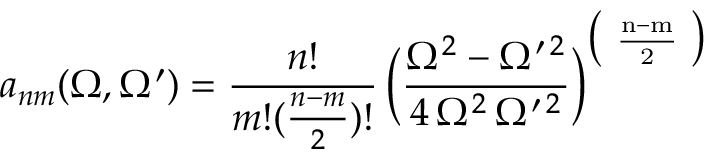
a _ { n m } ( \Omega , \Omega ^ { \prime } ) = \frac { n ! } { m ! ( \frac { n - m } { 2 } ) ! } \, \bigg ( { \displaystyle \frac { \Omega ^ { 2 } - \Omega ^ { \prime \, 2 } } { 4 \, \Omega ^ { 2 } \, \Omega ^ { \prime \, 2 } } } \bigg ) ^ { \big ( \mathrm { ~ \frac { n - m } { 2 } ~ } \big ) }